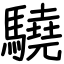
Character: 驍